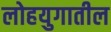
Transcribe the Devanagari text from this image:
लोहयुगातील